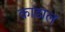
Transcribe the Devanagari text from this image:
काडाल